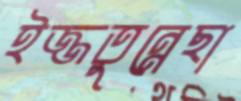
ইজ্জতুন্নেছা